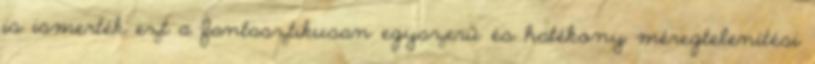
is ismerték ezt a fantasztikusan egyszerű és hatékony méregtelenítési